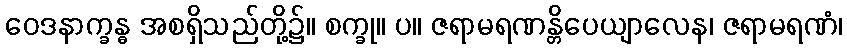
ဝေဒနာက္ခန္ဓ အစရှိသည်တို့၌။ စက္ခု။ ပ။ ဇရာမရဏန္တိပေယျာလေန၊ ဇရာမရဏံ၊